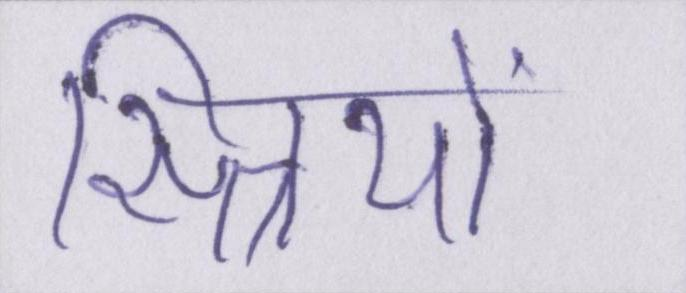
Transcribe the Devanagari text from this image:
स्त्रियों